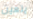
يتعين